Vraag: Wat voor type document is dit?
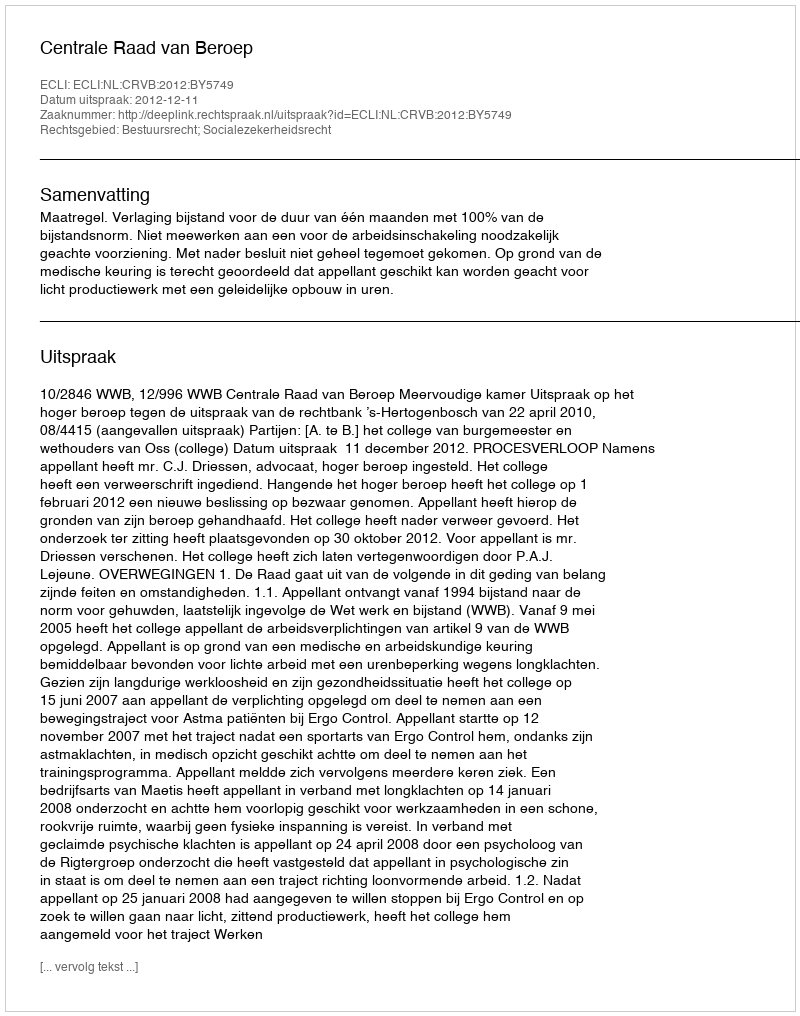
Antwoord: Uitspraak